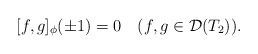
LaTeX: \begin{align*}\lbrack f,g]_{\phi}(\pm1)=0\quad(f,g\in\mathcal{D}(T_{2})).\end{align*}